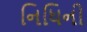
નિધિની